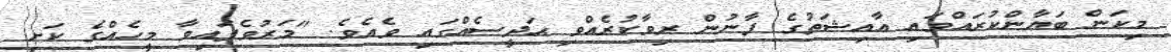
މިކަން ބަޔާންކުރައްވައި ޢާއިޝަތުގެ ފާނުން ރިވާކުރެއްވި ޙަދީސެއްގައި ވެއެވެ. "މަރުވެފައިވާ މީހެއްގެ ކަށި